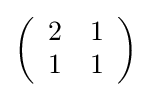
\left({\begin{array}{*{20}c}2&1\\1&1\\\end{array}}\right)